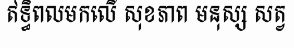
ឥទ្ធិពលមកលើ សុខភាព មនុស្ស សត្វ